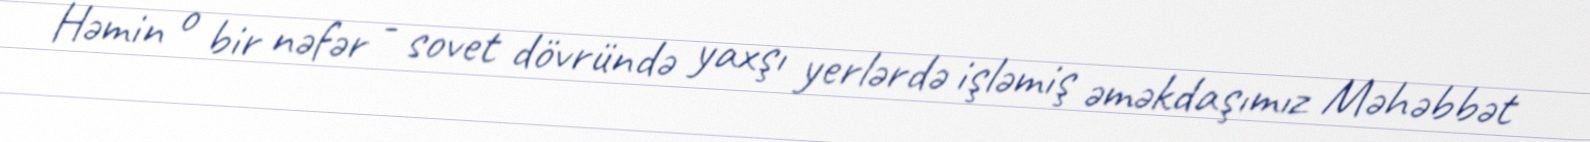
Həmin o bir nəfər - sovet dövründə yaxşı yerlərdə işləmiş əməkdaşımız Məhəbbət